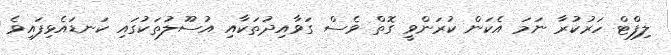
ލިފްޓް ހަރުކުރާ ނަމަ އެކަން ކުރަންވީ ގޮތް ވެސް ގަވާއިދުތަކާއި އުސޫލުތަކުގައި ކަނޑައެޅިފައިވެ